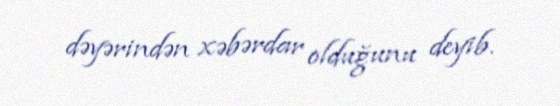
dəyərindən xəbərdar olduğunu deyib.